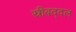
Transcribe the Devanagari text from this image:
स्रीबद्दल